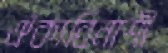
ঐক্যবিনাশী